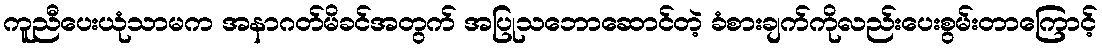
ကူညီပေးယုံသာမက အနာဂတ်မိခင်အတွက် အပြုသဘောဆောင်တဲ့ ခံစားချက်ကိုလည်းပေးစွမ်းတာကြောင့်